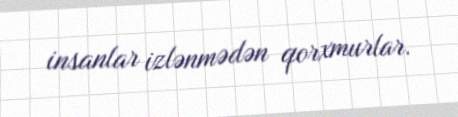
insanlar izlənmədən qorxmurlar.